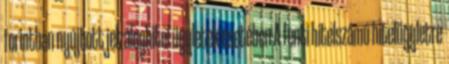
forintban nyújtott jelzáloghitel ügyletek esetében A fenti hitelszámú hitelügyletre